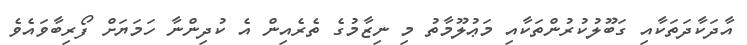
އާދަކާދަތަކާއި ގަބޫލުކުރުންތަކާއި މަޢުލޫމާތު މި ނިޒާމުގެ ތެރެއިން އެ ކުދިންނާ ހަމަޔަށް ފޯރިބާވައެވެ